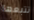
تتبعها